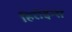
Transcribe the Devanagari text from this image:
हिरोइन्स